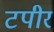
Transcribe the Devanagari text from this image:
टपीर